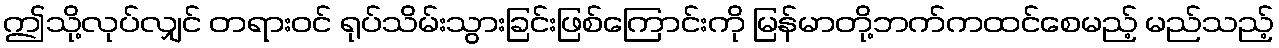
ဤသို့လုပ်လျှင် တရားဝင် ရုပ်သိမ်းသွားခြင်းဖြစ်ကြောင်းကို မြန်မာတို့ဘက်ကထင်စေမည့် မည်သည့်